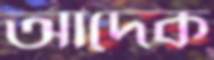
আদেক